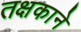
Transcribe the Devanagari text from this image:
तक्षकाने